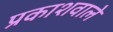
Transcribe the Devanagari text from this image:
प्रकाशवाले